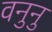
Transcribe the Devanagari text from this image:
वनुनु